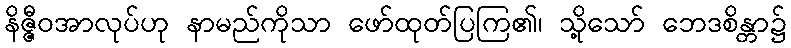
နိဇ္ဇီဝအာလုပ်ဟု နာမည်ကိုသာ ဖော်ထုတ်ပြကြ၏၊ သို့သော် ဘေဒစိန္တာ၌